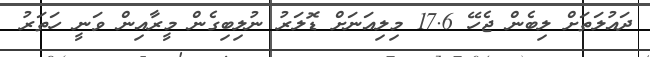
ދައުލަތަށް ލިބެން ޖެހޭ 17.6 މިލިއަނަށް ޑޮލަރު ނުލިބިގެން މީރާއިން ވަނީ ހަތަރު